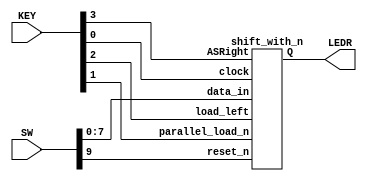
module lab4part3(SW, KEY, LEDR );
	input [9:0]SW;
	input [3:0]KEY;
	output [7:0]LEDR;
	shift_with_n u1(SW[9], KEY[0], KEY[1], KEY[2], KEY[3], SW[7:0], LEDR[7:0] );
endmodule
////////////////////////////////////////////////////////////////////////////
module shift_with_n(reset_n, clock, parallel_load_n, load_left, ASRight, data_in, Q);
	//parameter n = 7;
	input reset_n;
	input clock;
	input parallel_load_n;
	input load_left;
	input ASRight;
	input [7:0] data_in;
	output reg [7:0] Q;
	
	always@(posedge clock)
		begin //start
			if(reset_n == 1)
				begin//1st 
					if(parallel_load_n == 1)
						begin//2nd
							if(load_left == 1)//left
								begin//555
								Q[0] <= Q[1];
								Q[1] <= Q[2];
								Q[2] <= Q[3];
								Q[3] <= Q[4];
								Q[4] <= Q[5];
								Q[5] <= Q[6];
								Q[6] <= Q[7];
								//end//555
								//ASRIGHT
								//begin//!1ST
									if(ASRight == 1)
										Q[7] <= Q[7];
									else
										Q[7] <= Q[0];
								end//!1ST
							else if(load_left == 0)//right
								begin//333
								Q[7] <= Q[6]; 
								Q[6] <= Q[5];
								Q[5] <= Q[4]; 	
								Q[4] <= Q[3];
								Q[3] <= Q[2];
								Q[2] <= Q[1];
								Q[1] <= Q[0];
								Q[0] <= Q[7]; 
								end//333
						end//2nd
					else
						Q <= data_in;
					//end
				end//1st
			else
				Q <= 0;
		end//start
	
endmodule